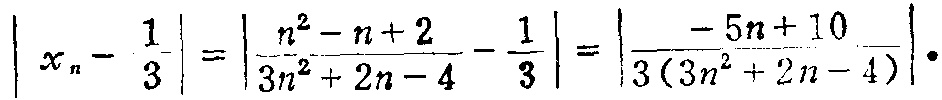
\(\left|x_{n}-\frac{1}{3}\right|=\left|\frac{n^{2}-n + 2}{3n^{2}+2n - 4}-\frac{1}{3}\right|=\left|\frac{-5n + 10}{3(3n^{2}+2n - 4)}\right|.\)